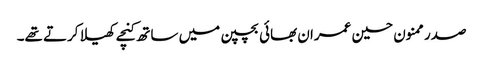
صدر ممنون حسین عمران بھائی بچپن میں ساتھ کنچے کھیلا کرتے تھے۔